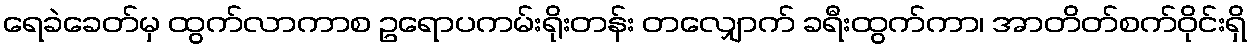
ရေခဲခေတ်မှ ထွက်လာကာစ ဥရောပကမ်းရိုးတန်း တလျှောက် ခရီးထွက်ကာ၊ အာတိတ်စက်ဝိုင်းရှိ